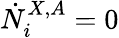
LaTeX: \dot{N}_{i}^{X,A}=0